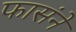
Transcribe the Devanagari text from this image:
फासंने